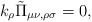
\begin{align*}k_\rho \tilde\Pi_{\mu \nu,\rho \sigma}=0,\end{align*}